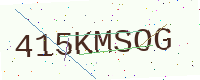
Text: 415KMSOG